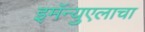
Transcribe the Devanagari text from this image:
इमॅन्युएलाचा